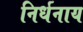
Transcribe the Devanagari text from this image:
निर्धनाय